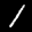
Label: 1